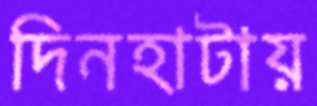
দিনহাটায়